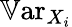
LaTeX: \mathbb{V}\mathrm{ar}_{X_{i}}